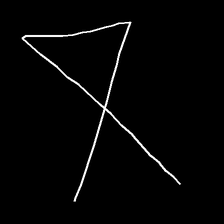
Glyph: collection